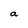
Character: a